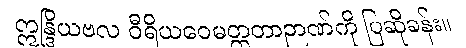
ဣန္ဒြိယဗလ ဝီရိယဝေမတ္တတာဉာဏ်ကို ပြဆိုခန်း။